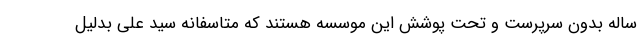
ساله بدون سرپرست و تحت پوشش این موسسه هستند که متاسفانه سید علی بدلیل